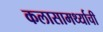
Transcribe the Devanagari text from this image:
कलासामर्थ्याची